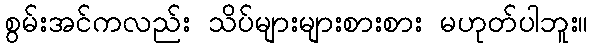
စွမ်းအင်ကလည်း သိပ်များများစားစား မဟုတ်ပါဘူး။